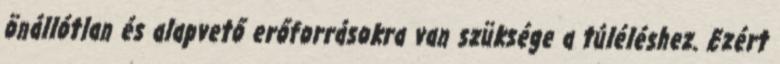
önállótlan és alapvető erőforrásokra van szüksége a túléléshez. Ezért